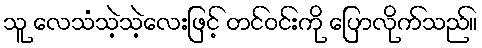
သူ လေသံသဲ့သဲ့လေးဖြင့် တင်ဝင်းကို ပြောလိုက်သည်။